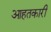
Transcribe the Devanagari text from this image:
आहतकारी